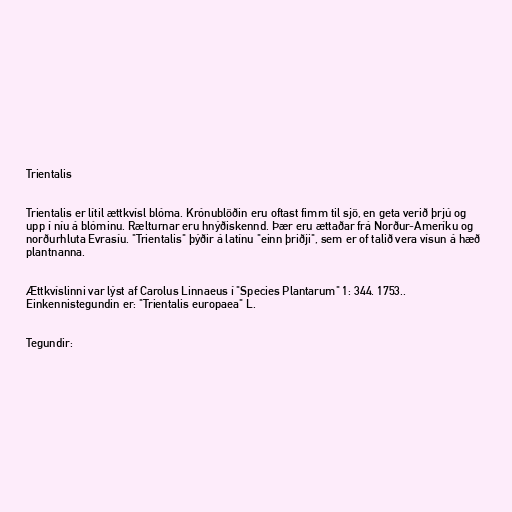
Trientalis

Trientalis er lítil ættkvísl blóma. Krónublöðin eru oftast fimm til sjö, en geta verið þrjú og
upp í níu á blóminu. Rælturnar eru hnýðiskennd. Þær eru ættaðar frá Norður-Ameríku og
norðurhluta Evrasíu. "Trientalis" þýðir á latínu "einn þriðji", sem er of talið vera vísun á hæð
plantnanna.

Ættkvíslinni var lýst af Carolus Linnaeus í "Species Plantarum" 1: 344. 1753..
Einkennistegundin er: "Trientalis europaea" L.

Tegundir: